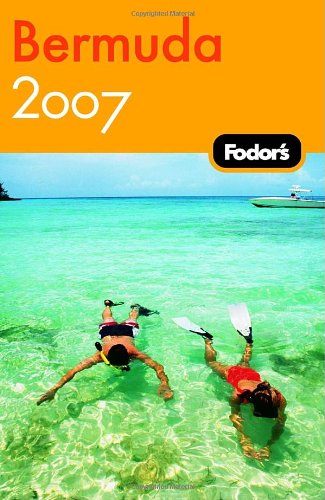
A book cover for Fodor's Bermuda 2007 (Fodor's Gold Guides); Fodor's; Travel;